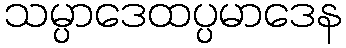
သမ္ပာဒေထပ္ပမာဒေန